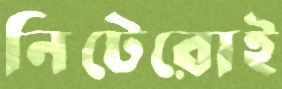
নিটেরোই